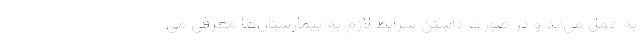
به عمل می‌آید و در صورت داشتن شرایط لازم به بیمارستان‌ها معرفی می